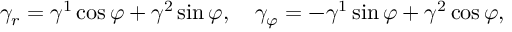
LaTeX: \gamma _ { r } = \gamma ^ { 1 } \cos \varphi + \gamma ^ { 2 } \sin \varphi , \quad \gamma _ { \varphi } = - \gamma ^ { 1 } \sin \varphi + \gamma ^ { 2 } \cos \varphi ,